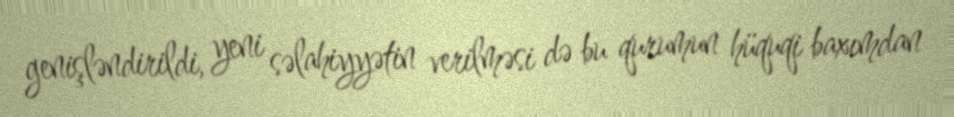
genişləndirildi, yeni səlahiyyətin verilməsi də bu qurumun hüquqi baxımdan